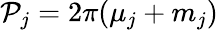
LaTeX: {\cal P}_{j}=2\pi(\mu_{j}+m_{j})